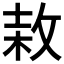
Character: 𢽓